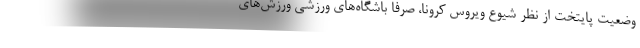
وضعیت پایتخت از نظر شیوع ویروس کرونا، صرفا باشگاه‌های ورزشی ورزش‌های